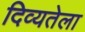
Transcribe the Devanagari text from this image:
दिव्यतेला